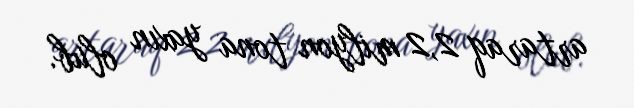
artaraq 2,2 milyon tona yaxın olub.